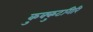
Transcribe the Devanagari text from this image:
कुक्कुटगिरि